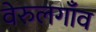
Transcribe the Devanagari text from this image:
वेरुलगाँव